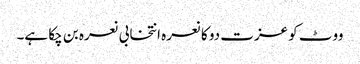
ووٹ کو عزت دو کا نعرہ انتخابی نعرہ بن چکا ہے۔